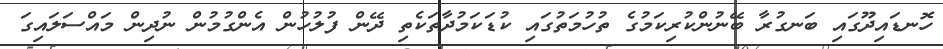
ހޮނޑައިދޫގައި ބަނގުރާ ބޭނުންކުރިކަމުގެ ތުހުމަތުގައި ކުޑަކަމުދާތަކެތި ދޭން ފުލުހުން އެންގުމުން ނުދިން މައްސަލައިގަ